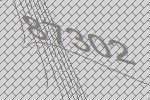
87302